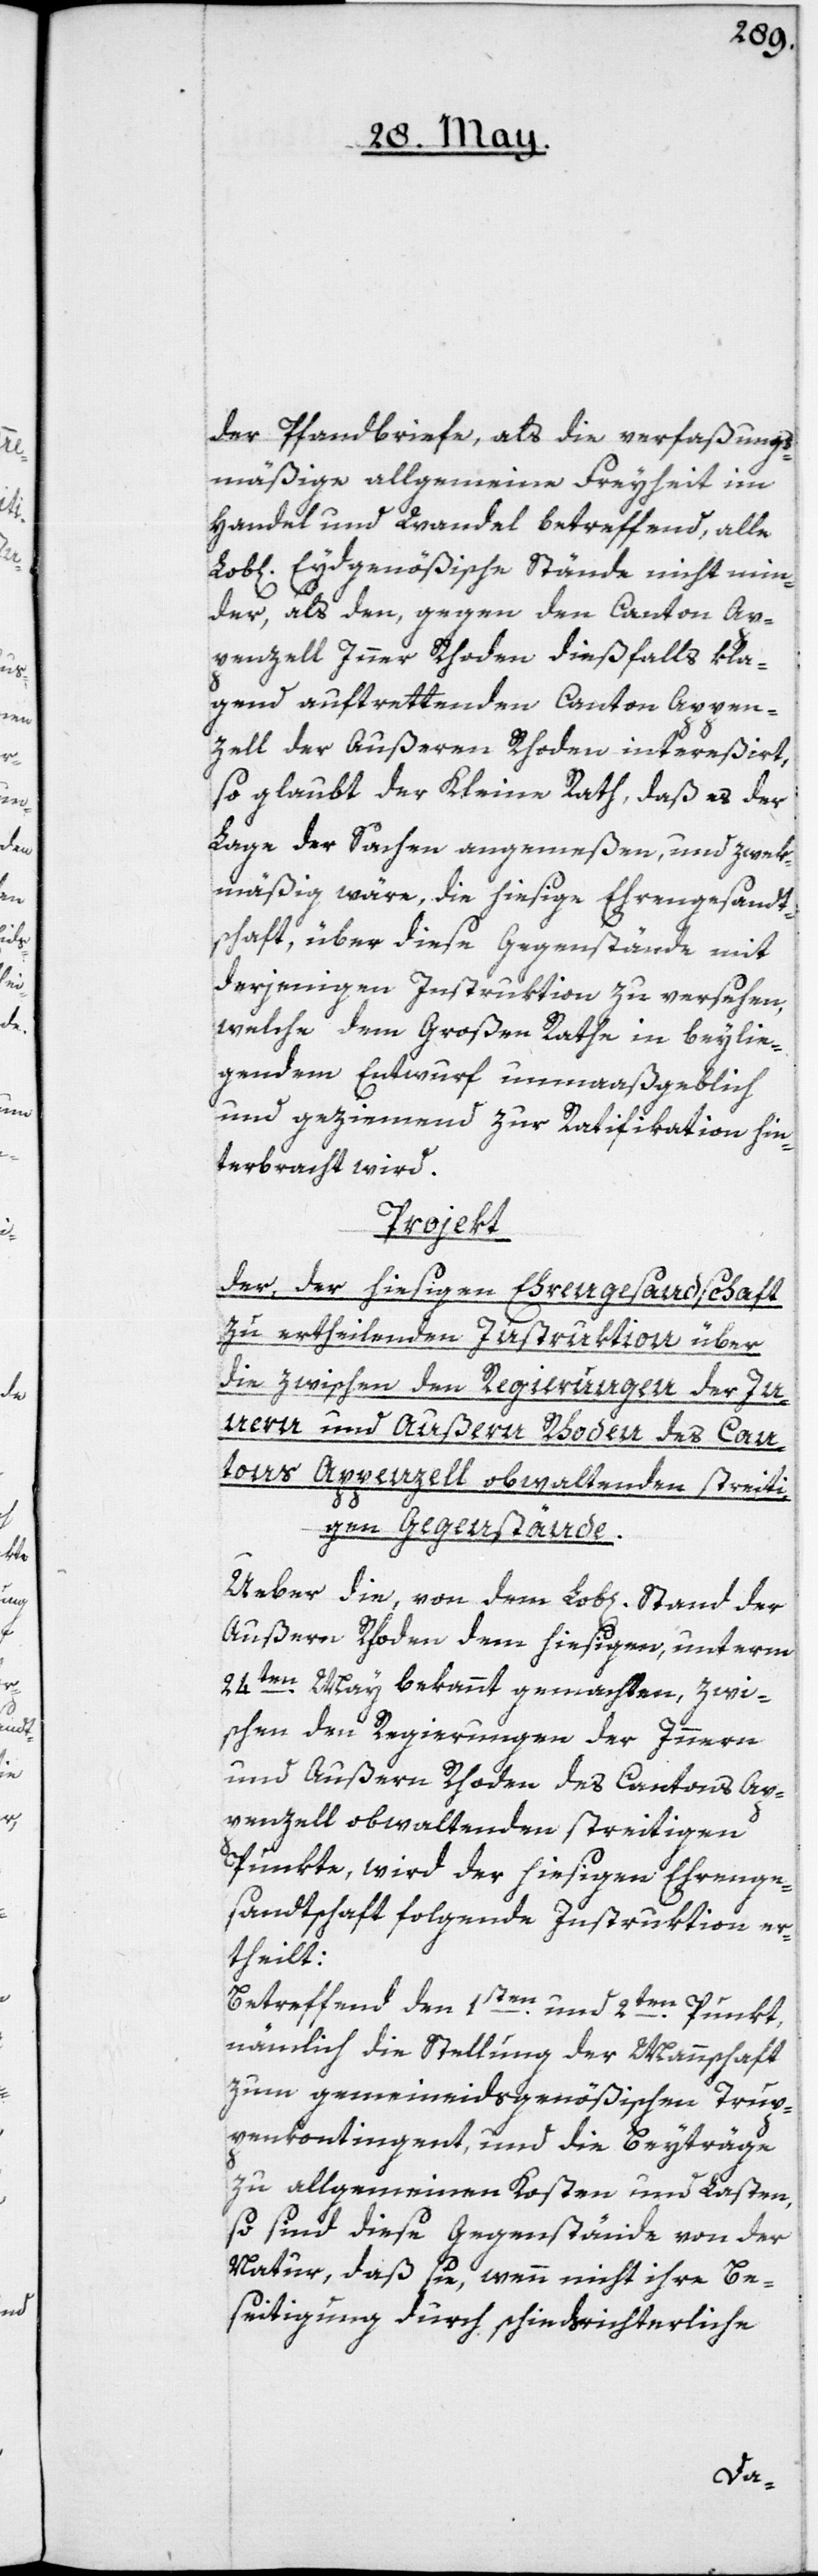
der Pfandbriefe, als die verfaßungs¬
mäßige allgemeine Freyheit im
Handel und Wandel betreffend, alle
Lob[lichen] Eydgenößische Stände nicht min¬
der, als den, gegen den Canton Ap¬
penzell Inner Rhoden dießfalls kla¬
gend auftrettenden Canton Appen¬
zell der Außeren Rhoden intereßirt,
so glaubt der Kleine Rath, daß es der
Lage der Sachen angemeßen und zwek¬
mäßig wäre, die hiesige Ehrengesandt¬
schaft, über diese Gegenstände mit
derjenigen Instruktion zu versehen,
welche dem Großen Rathe in beylie¬
gendem Entwurf unmaaßgeblich
und geziemend zur Ratifikation hin¬
terbracht wird.
Projekt
der, der hiesigen Ehrengesandtschaft
zu ertheilenden Instruktion über
die zwischen den Regierungen der In¬
nern und Außern Rhoden des Can¬
tons Appenzell obwaltenden streiti¬
gen Gegenstände.
Außern Rhoden dem hiesigen, unterm
24ten May bekannt gemachten, zwi¬
schen den Regierungen der Innern
und Außern Rhoden des Cantons Ap¬
penzell obwaltenden streitigen
Punkte, wird der hiesigen Ehrenge¬
sandtschaft folgende Instruktion er¬
theilt:
Betreffend den 1sten und 2ten Punkt,
nämlich die Stellung der Mannschaft
zum gemeineidsgenößischen Trup¬
penkontingent, und die Beyträge
zu allgemeinen Kosten und Lasten,
so sind diese Gegenstände von der
Natur, daß sie, wenn nicht ihre Be¬
seitigung durch schiedsrichterliche
der